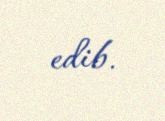
edib.